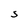
Character: S